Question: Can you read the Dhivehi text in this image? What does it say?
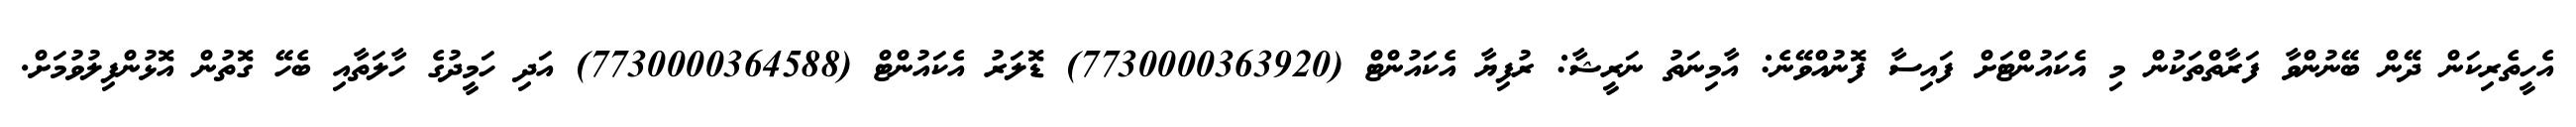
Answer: އެހީތެރިކަން ދޭން ބޭނުންވާ ފަރާތްތަކުން މި އެކައުންޓަށް ފައިސާ ފޮނުއްވޭނެ: އާމިނަތު ނަރީޝާ: ރުފިޔާ އެކައުންޓް (7730000363920) ޑޮލަރު އެކައުންޓް (7730000364588) އަދި ހަމީދުގެ ހާލަތާއި ބެހޭ ގޮތުން އޮޅުންފިލުވުމަށް.